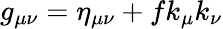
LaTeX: g_{\mu\nu}=\eta_{\mu\nu}+fk_{\mu}k_{\nu}